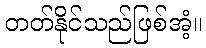
တတ်နိုင်သည်ဖြစ်အံ့။